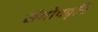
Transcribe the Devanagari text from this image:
संतोषवृत्ति